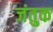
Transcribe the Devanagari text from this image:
जंतुक